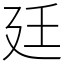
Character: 廷